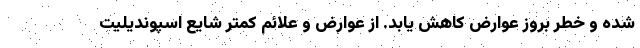
شده و خطر بروز عوارض کاهش یابد. از عوارض و علائم کمتر شایع اسپوندیلیت